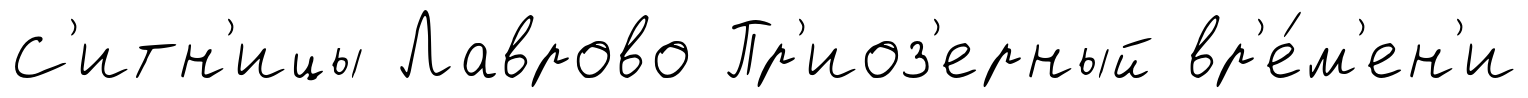
С'итн'ицы Лаврово Пр'иоз'ерный вр'е́м'ен'и